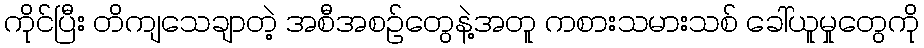
ကိုင်ပြီး တိကျသေချာတဲ့ အစီအစဉ်တွေနဲ့အတူ ကစားသမားသစ် ခေါ်ယူမှုတွေကို